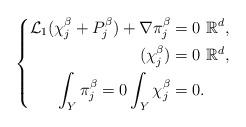
LaTeX: \begin{align*}\left\{\aligned\mathcal{L}_1(\chi_j^\beta +P_j^\beta) +\nabla \pi_j^\beta &= 0 \ \mathbb{R}^d,\\ (\chi_j^\beta) & =0 \ \mathbb{R}^d,\\ \int_Y \pi_j^\beta=0 \int_Y \chi_j^\beta & =0.\endaligned\right.\end{align*}